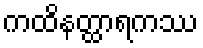
ကထိနတ္ထာရကဿ